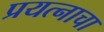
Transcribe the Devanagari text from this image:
प्रयत्‍नाचा